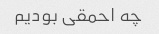
چه احمقی بودیم